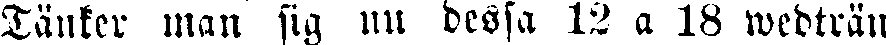
Tänker man sig nu dessa 12 a 18 wedträn